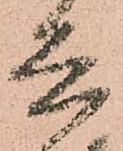
兵